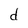
Character: d